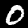
Digit: 0